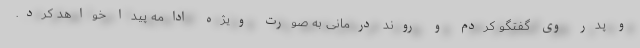
و پدر وی گفتگو کردم و روند درمانی به صورت ویژه ادامه پیدا خواهد کرد.